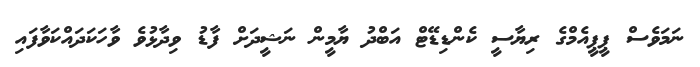
ނަމަވެސް ޕީޕީއެމްގެ ރިޔާސީ ކެންޑިޑޭޓް އަބްދު ޔާމީން ނަޝީދަށް ފާޑު ވިދާޅުވެ ވާހަކަދައްކަވާފައި